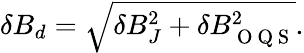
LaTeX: \begin{array}{r}{\delta B_{d}=\sqrt{\delta B_{J}^{2}+\delta B_{\mathrm{~O~Q~S~}}^{2}}.}\end{array}